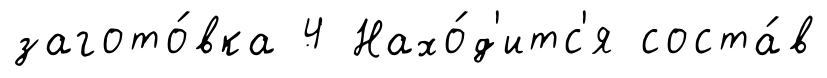
загото́вка 4 Нахо́д'итс'я соста́в